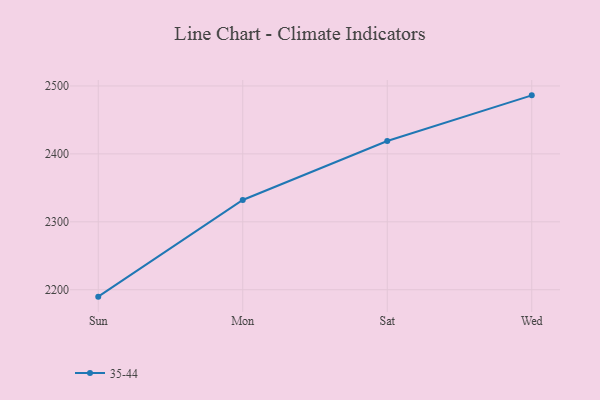
{"axis": {"x": "Day", "y": "Market Share (%)"}, "legend": ["35-44"], "data": [{"x": "Sun", "y": 2189.8, "type": "35-44"}, {"x": "Mon", "y": 2332.1, "type": "35-44"}, {"x": "Sat", "y": 2419.0, "type": "35-44"}, {"x": "Wed", "y": 2486.2, "type": "35-44"}]}